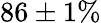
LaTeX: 86\pm 1\%